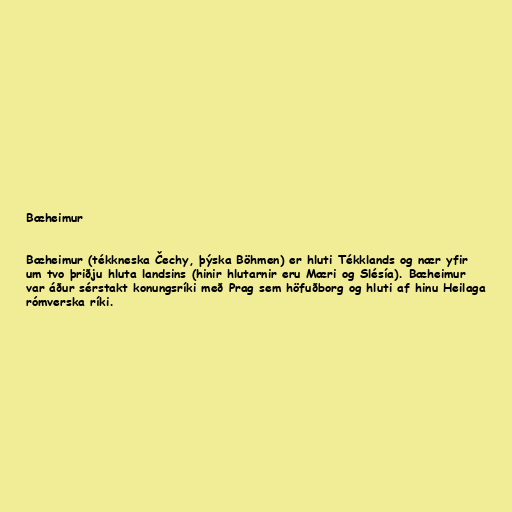
Bæheimur

Bæheimur (tékkneska Čechy, þýska Böhmen) er hluti Tékklands og nær yfir
um tvo þriðju hluta landsins (hinir hlutarnir eru Mæri og Slésía). Bæheimur
var áður sérstakt konungsríki með Prag sem höfuðborg og hluti af hinu Heilaga
rómverska ríki.